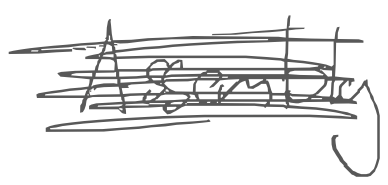
Text: Assembly
Cross-out: scratch
Writing tool: digital_gray